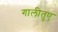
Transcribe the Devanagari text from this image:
गालीतुए